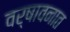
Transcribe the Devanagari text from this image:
वर्षावनात